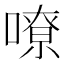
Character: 嘹